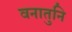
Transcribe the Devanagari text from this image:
वनातुनि